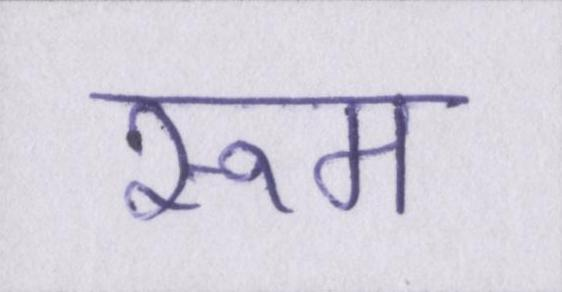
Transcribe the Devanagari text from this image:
रूम